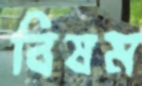
বিষম